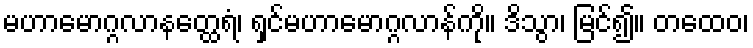
မဟာမောဂ္ဂလာနတ္ထေရံ၊ ရှင်မဟာမောဂ္ဂလာန်ကို။ ဒိသွာ၊ မြင်၍။ တထေဝ၊